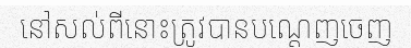
នៅសល់ពីនោះត្រូវបានបណ្តេញចេញ